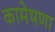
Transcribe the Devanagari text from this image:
कामेषणा